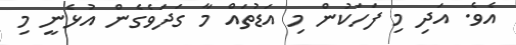
އެވެ. އަދި މި ފަހަކުން މި އަޑުތައް މާ ގަދަވެގެން އުޅެނީ މި